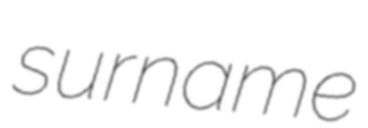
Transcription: surname